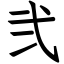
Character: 弐